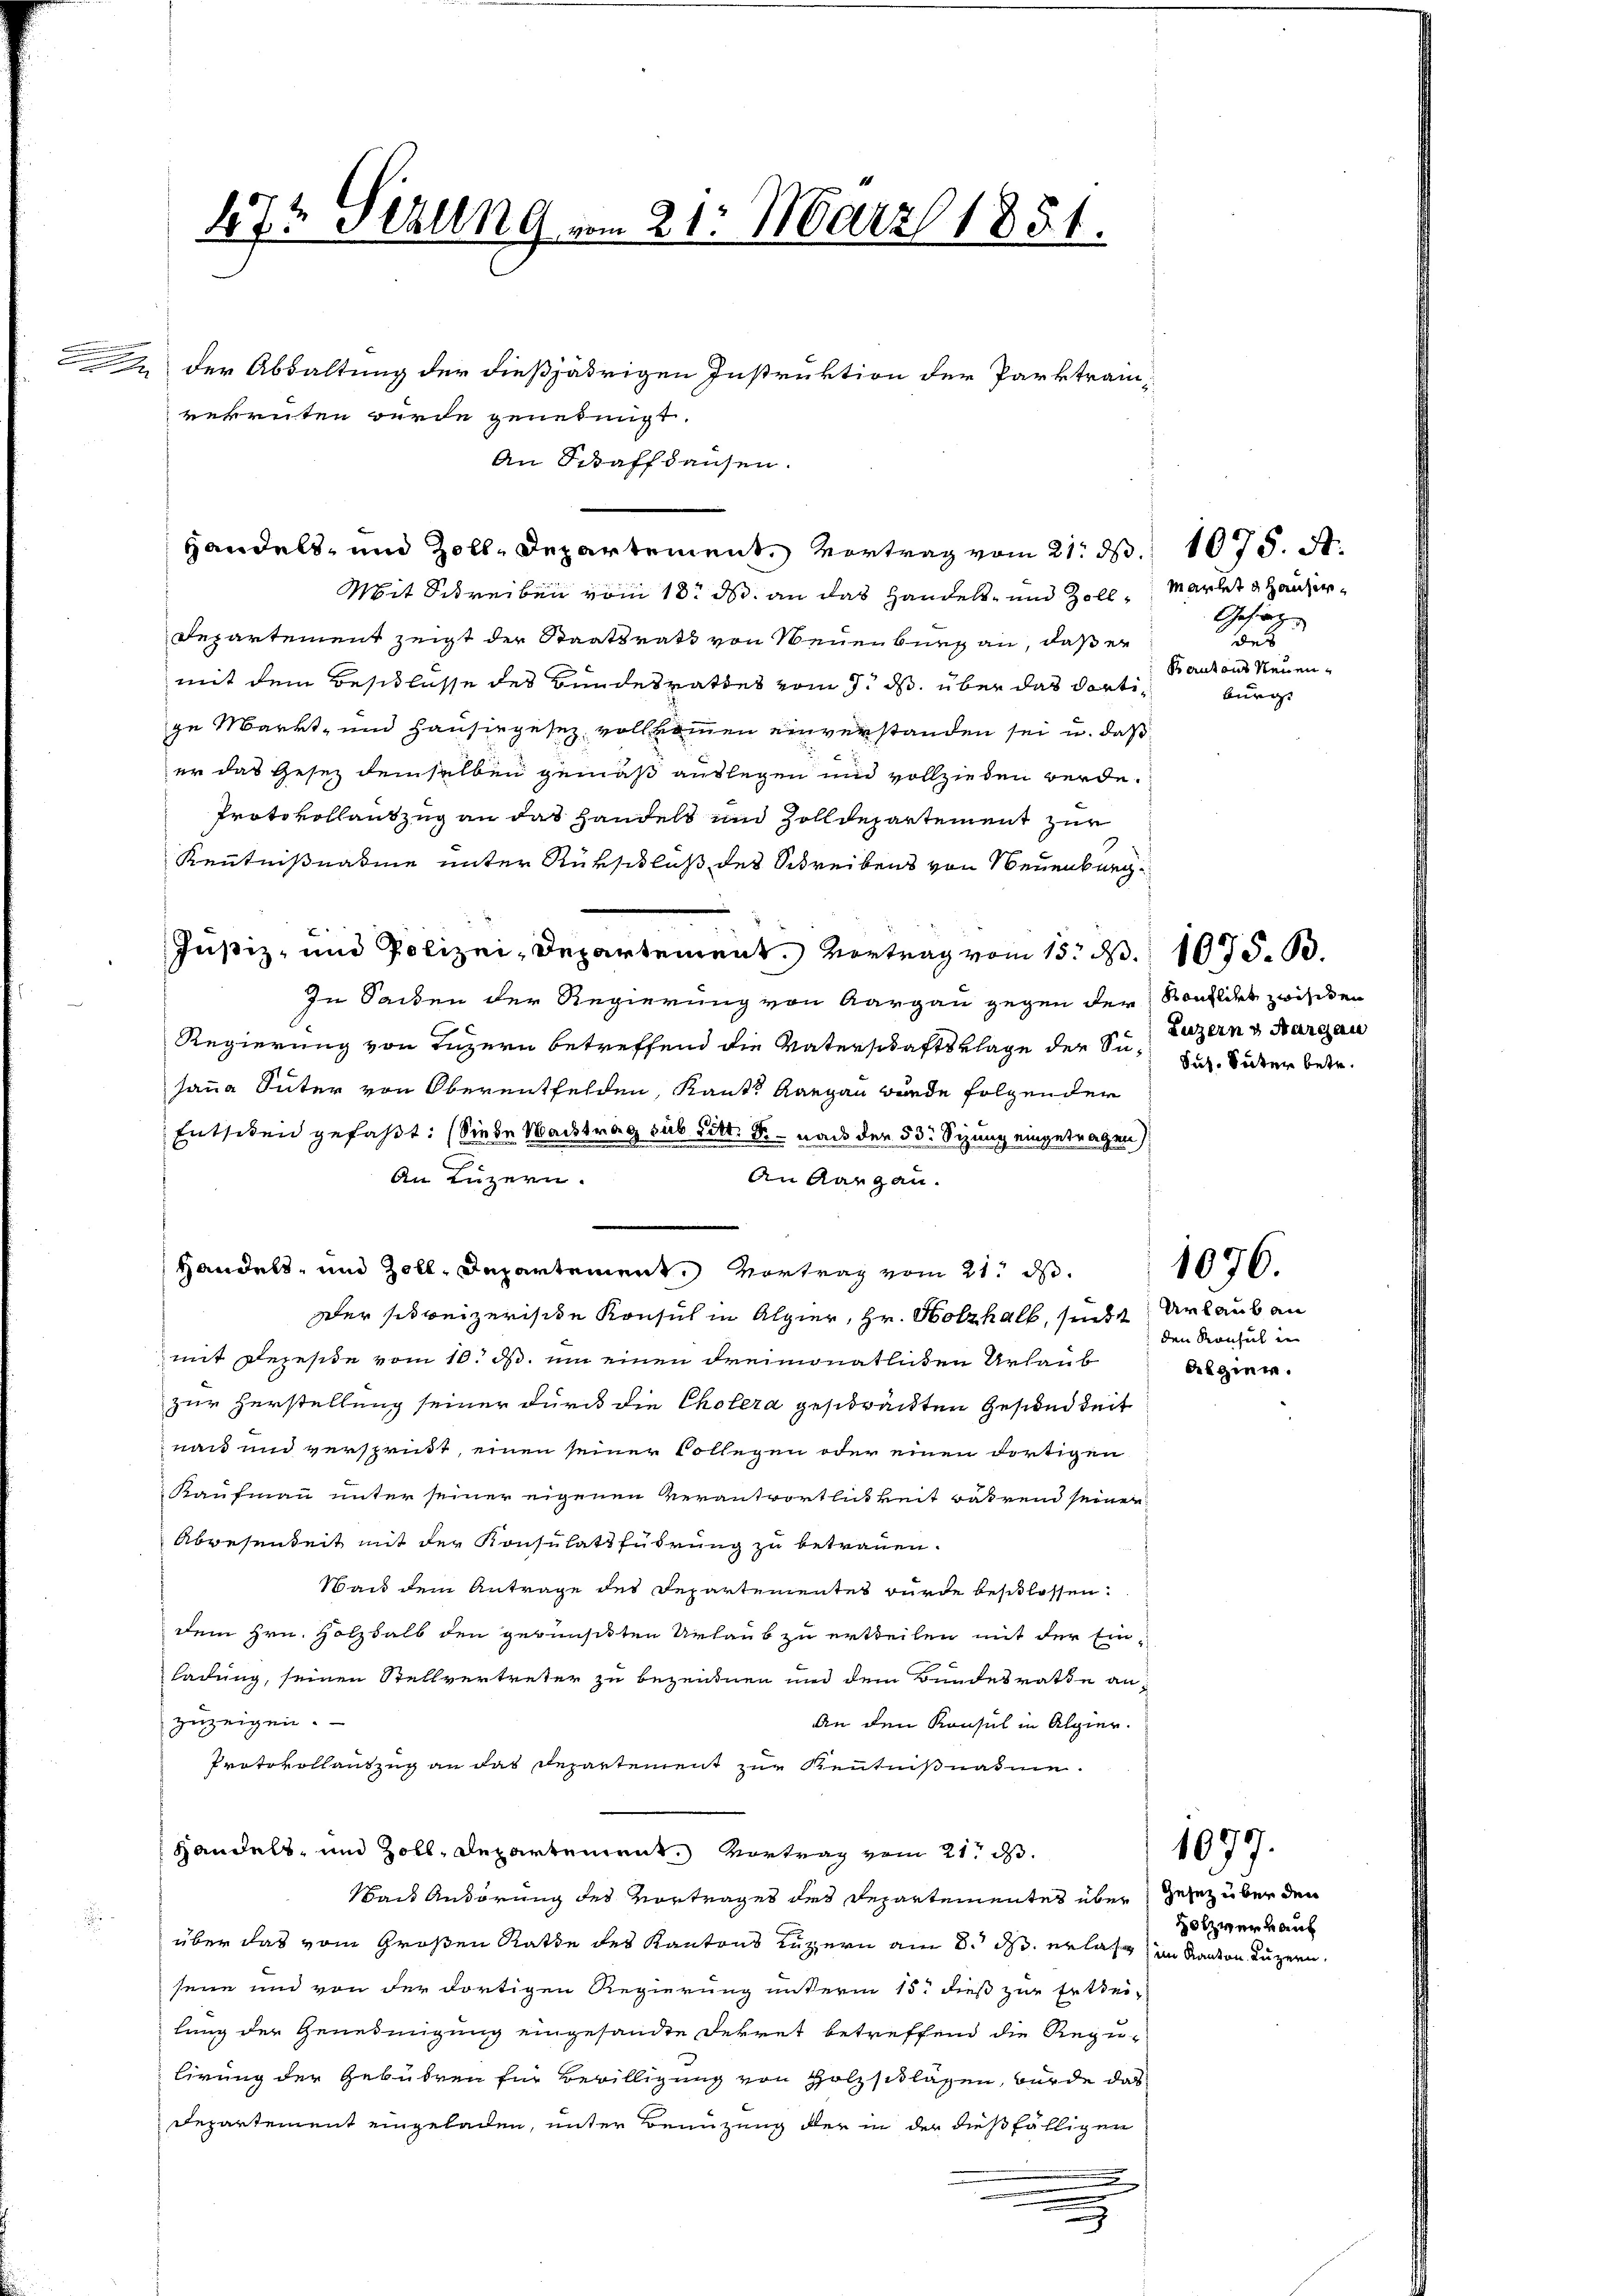
47t Schling vom 21. März 1851.
.
 der Absaltung der dießjährigen Instruktion der Parktrainrekruten wurde genehmigt.
An Schaffhausen.

Mit Schreiben vom 18. ds. an das Handels- und Zoll¬
Departement zeigt der Staatsrath von Neuenburg an, daß er
mit dem Beschlasse des Bundesrathes vom 7. ds. über das dortige Markt- und Hausiegesez vollkommen einverstanden sei u. daß
er das Gesetz demselben gemäß auslegen und vollziehen werde.
Protokollantzug an das Handels und Zolldepartement zur
Kenntnißnahme unter Rükschluß des Schreibens von Neuenburg
Justiz- und Polizei-Departement. Vortrag vom 15. d. 1675. B.
In Sachen der Regierung von Aargau gegen der Konflikt zwischen
Regierung von Luzern betreffend die Vaterschaftsklage der Su¬ Dr. Suter betr.
sana Güter von Oberentfelden, Kants Aargau wurde folgender
Entheben gefaßt: (Sie de Nachtrag sub Litt. B. nach der 53: Sizung eingetragen
An Luzern.
An Aargau.
Handels- und Zoll, Departement. Vortrag vom 21. ds.
Der schweizerische Konsul in Alpier, Hr. Holzhalb, sicht
mit dereside vom 10. d. um einen dreimonatlichen Urlaub
zur Herstellung seiner durch die Cholera geschränkten Gesundheit
nau und versprüft, einen seiner Collegen oder einen dortigen
Kaufmann unter seiner eigenen Verantwortlichkeit während seiner
Abgesendet mit der Konsulatsführung zu betrauen.
Wand dem Antrage des Departementes wurde beschlossen.
dem Hrn. Holzhalb den gewünschten Urlaub zu ertheilen mit der Ein-
ladung, seinen Stellvertreter zu bezeugnen und dem Bundesrathe anzuzeigen.
An den Konsul in Algier.
Protokollauszug an das Departement zur Kenntnißnahme.
Handels- und Zoll, Departement. Vortrag vom 21. d.
ais Anhörung des Vortrages des Departementes über Gesez über den
S
über das vom Großen Rathe des Kantons Luzern am 8. ds. erlas im Kanton Luzern,
seine und von der dortigen Regierung unterm 15. dieß zur Erstei-
lung der Genedingung eingesandte Dekret betreffend die Regu-
lirung der Gebühren für Bewilligung von Holzschlassen, wurde das
Departement eingeladen, unter Benüzung der in der dießfälligen
x
.

Handels- und Zolle Departement. Vortrag vom 21. d. 1075. St.

.

Markt u Hauser
Gesing
des
kantons Neuenbürg

Luzern v. Aargau

1076.

1097.

Urlaub an
den Konsul in
Algier.

Holzverkauf